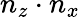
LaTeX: n_{z}\cdot n_{x}